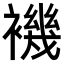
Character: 𧝞